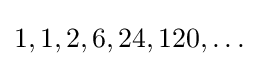
1,1,2,6,24,120,\ldots